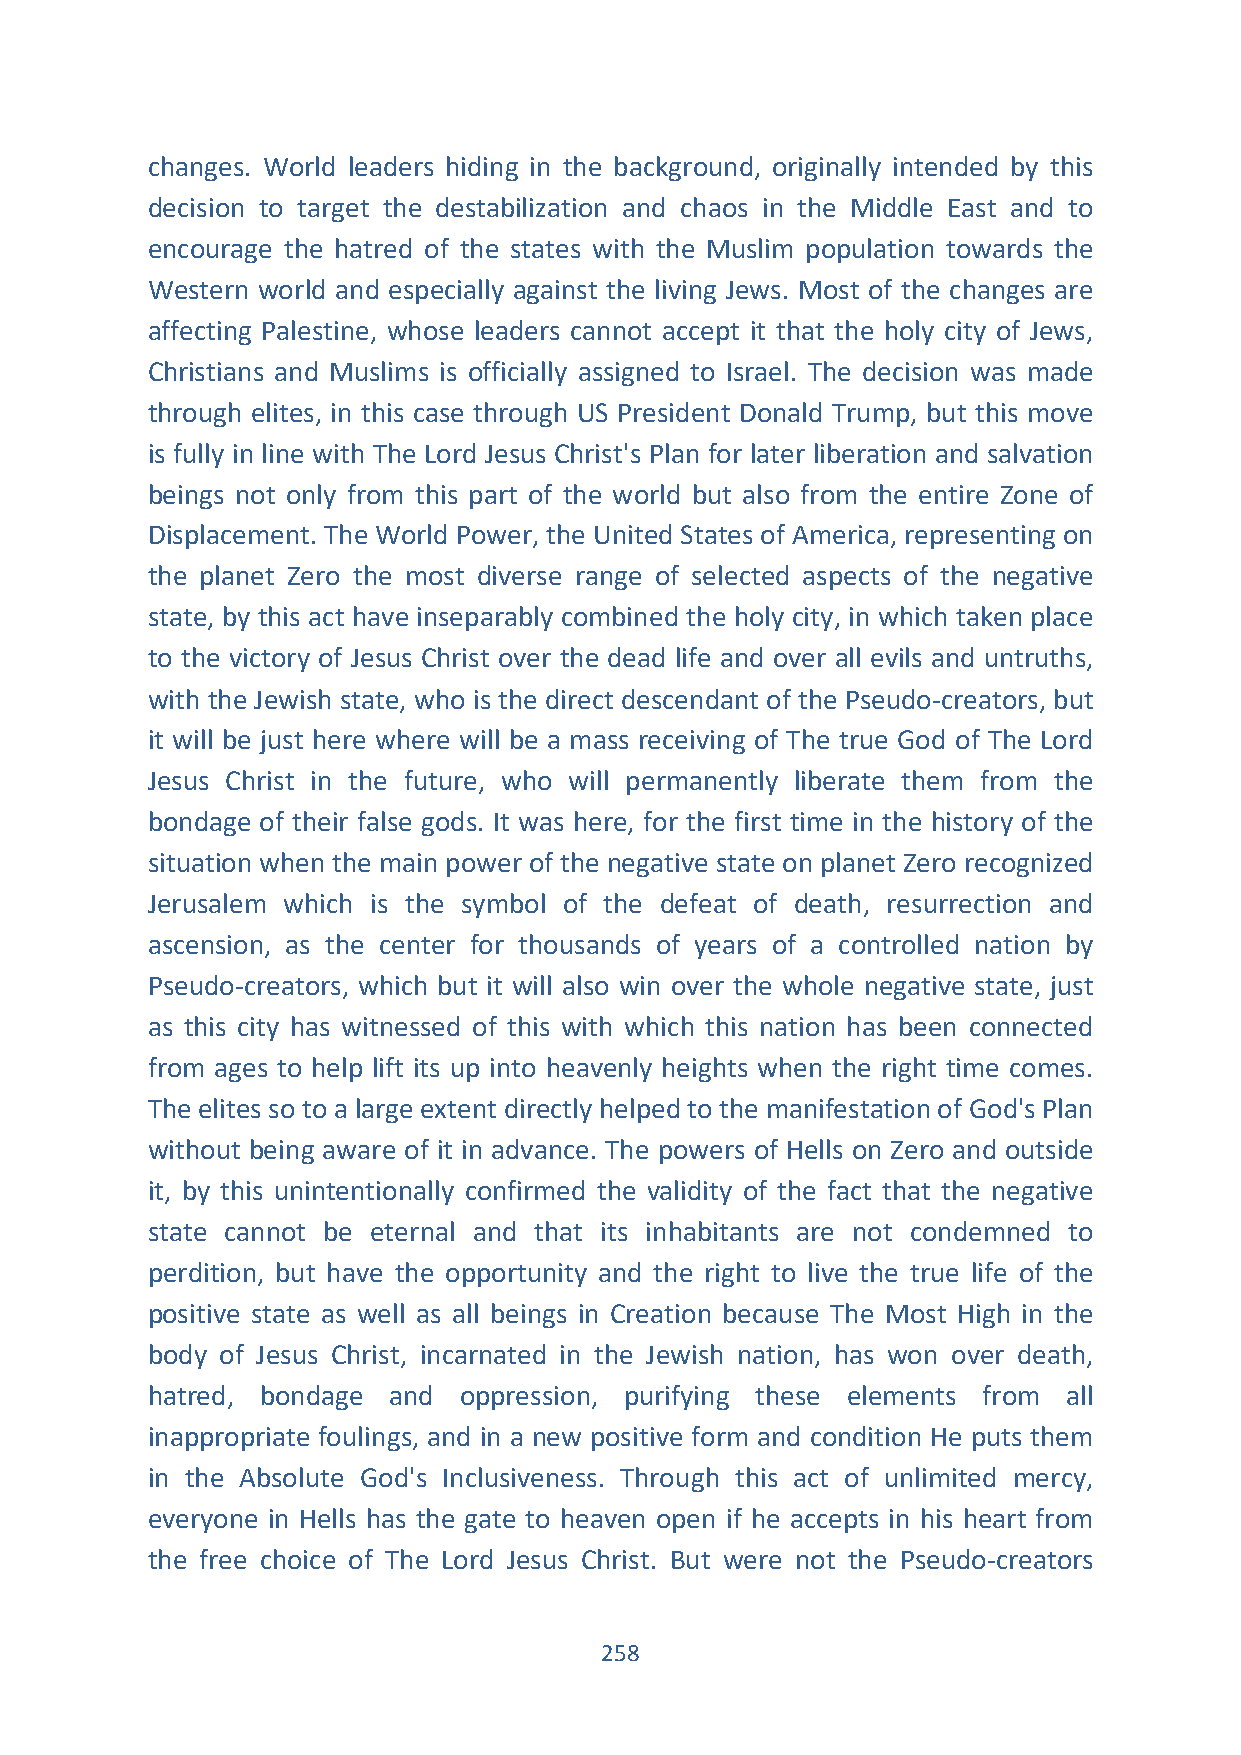
changes. World leaders hiding in the background, originally intended by this
 decision to target the destabilization and chaos in the Middle East and to
 encourage the hatred of the states with the Muslim population towards the
 Western world and especially against the living Jews. Most of the changes are
 affecting Palestine, whose leaders cannot accept it that the holy city of Jews,
 Christians and Muslims is officially assigned to Israel. The decision was made
 through elites, in this case through US President Donald Trump, but this move
 is fully in line with The Lord Jesus Christ's Plan for later liberation and salvation
 beings not only from this part of the world but also from the entire Zone of
 Displacement. The World Power, the United States of America, representing on
 the planet Zero the most diverse range of selected aspects of the negative
 state, by this act have inseparably combined the holy city, in which taken place
 to the victory of Jesus Christ over the dead life and over all evils and untruths,
 with the Jewish state, who is the direct descendant of the Pseudo-creators, but
 it will be just here where will be a mass receiving of The true God of The Lord
 Jesus Christ in the future, who will permanently liberate them from the
 bondage of their false gods. It was here, for the first time in the history of the
 situation when the main power of the negative state on planet Zero recognized
 Jerusalem which is the symbol of the defeat of death, resurrection and
 ascension, as the center for thousands of years of a controlled nation by
 Pseudo-creators, which but it will also win over the whole negative state, just
 as this city has witnessed of this with which this nation has been connected
 from ages to help lift its up into heavenly heights when the right time comes.
 The elites so to a large extent directly helped to the manifestation of God's Plan
 without being aware of it in advance. The powers of Hells on Zero and outside
 it, by this unintentionally confirmed the validity of the fact that the negative
 state cannot be eternal and that its inhabitants are not condemned to
 perdition, but have the opportunity and the right to live the true life of the
 positive state as well as all beings in Creation because The Most High in the
 body of Jesus Christ, incarnated in the Jewish nation, has won over death,
 hatred, bondage and oppression, purifying these elements from all
 inappropriate foulings, and in a new positive form and condition He puts them
 in the Absolute God's Inclusiveness. Through this act of unlimited mercy,
 everyone in Hells has the gate to heaven open if he accepts in his heart from
 the free choice of The Lord Jesus Christ. But were not the Pseudo-creators
 258